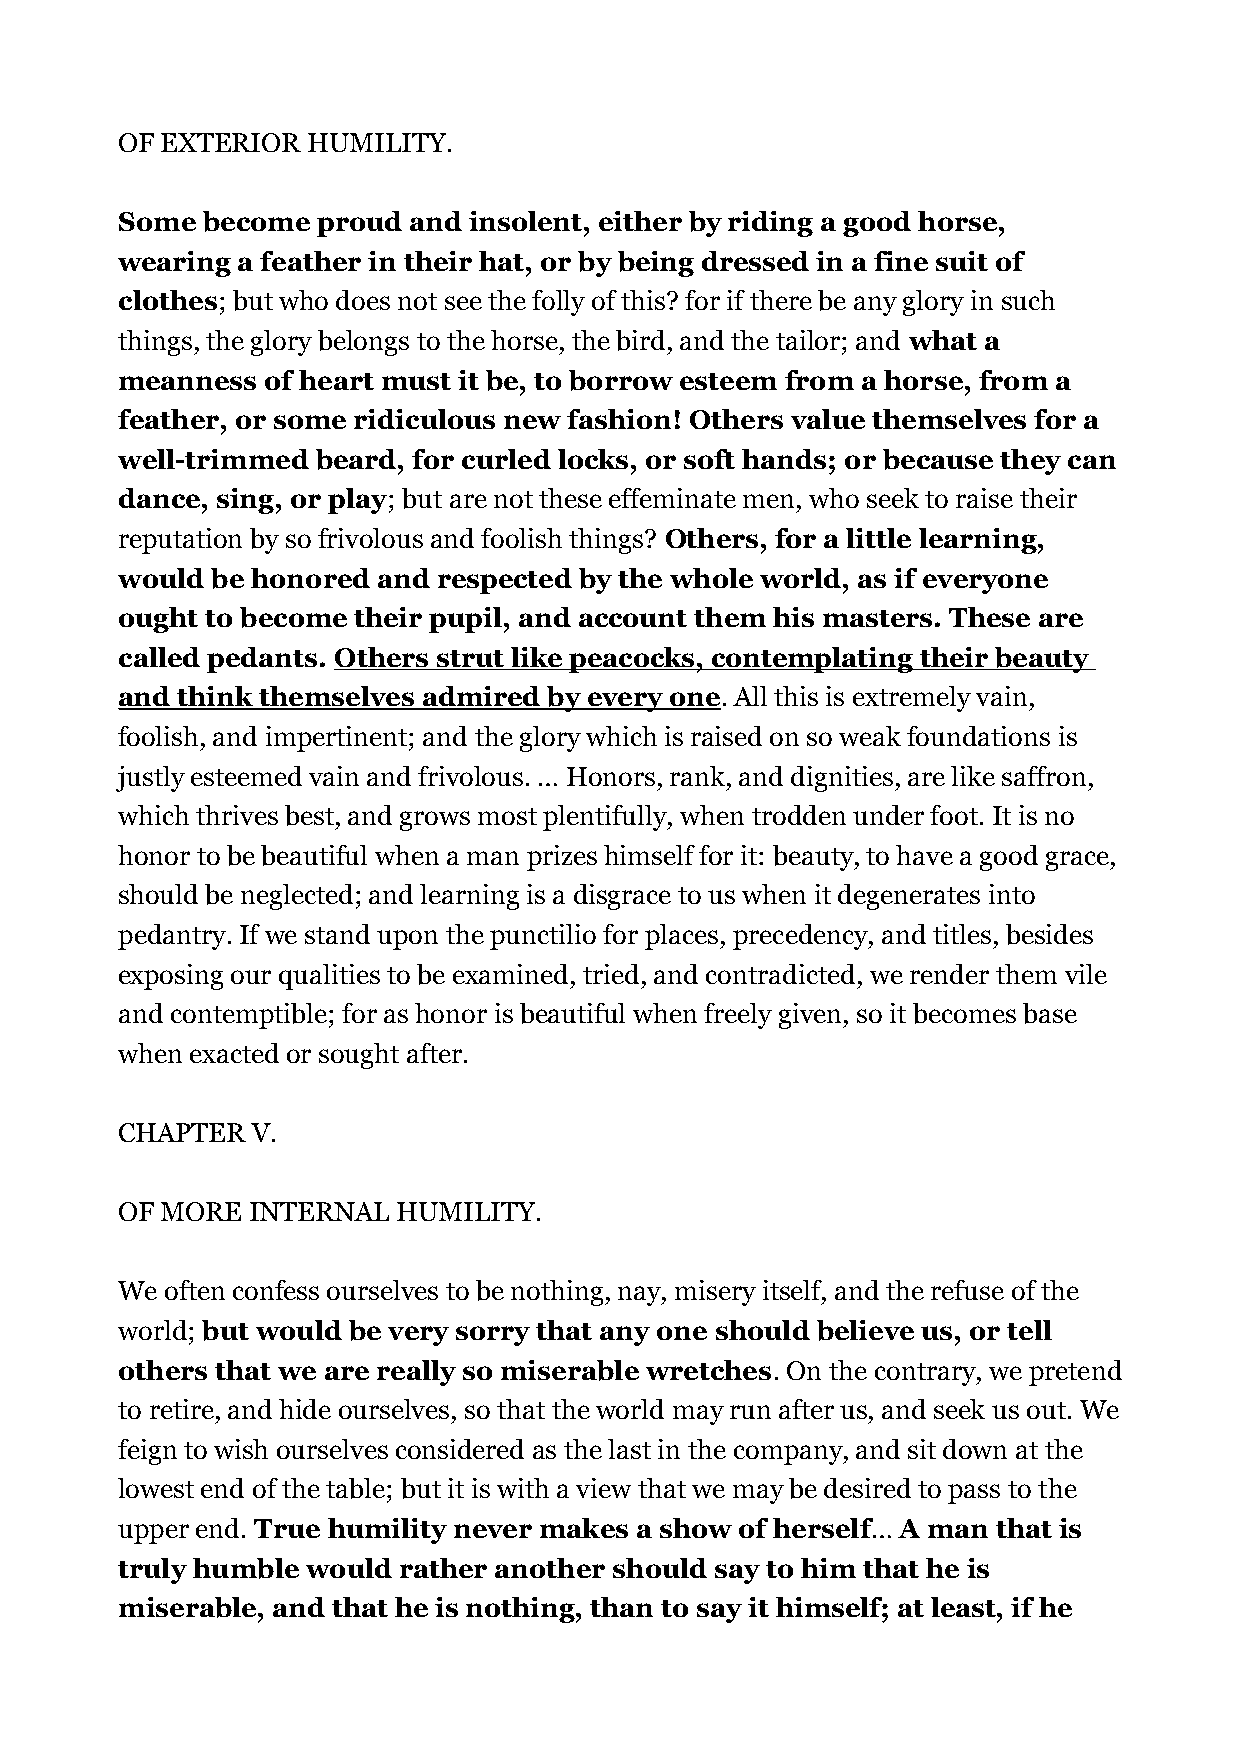
OF EXTERIOR HUMILITY.
 Some become  proud and insolent, either by riding a good horse,
 wearing a feather in their hat, or by being dressed in a fine suit of
 clothes; but who does not see the folly of this? for if there be any glory in such
 things, the glory belongs to the horse, the bird, and the tailor; and what a
 meanness  of heart must it be, to borrow esteem from a horse, from a
 feather, or some ridiculous new fashion! Others value themselves for a
 well-trimmed beard, for curled locks, or soft hands; or because they can
 dance, sing, or play; but are not these effeminate men, who seek to raise their
 reputation by so frivolous and foolish things? Others, for a little learning,
 would be honored and respected by the whole world, as if everyone
 ought to become their pupil, and account them his masters. These are
 called pedants. Others strut like peacocks, contemplating their beauty
 and think themselves admired by every one. All this is extremely vain,
 foolish, and impertinent; and the glory which is raised on so weak foundations is
 justly esteemed vain and frivolous. … Honors, rank, and dignities, are like saffron,
 which thrives best, and grows most plentifully, when trodden under foot. It is no
 honor to be beautiful when a man prizes himself for it: beauty, to have a good grace,
 should be neglected; and learning is a disgrace to us when it degenerates into
 pedantry. If we stand upon the punctilio for places, precedency, and titles, besides
 exposing our qualities to be examined, tried, and contradicted, we render them vile
 and contemptible; for as honor is beautiful when freely given, so it becomes base
 when exacted or sought after.
 CHAPTER  V.
 OF MORE  INTERNAL HUMILITY.
 We often confess ourselves to be nothing, nay, misery itself, and the refuse of the
 world; but would be very sorry that any one should believe us, or tell
 others that we are really so miserable wretches. On the contrary, we pretend
 to retire, and hide ourselves, so that the world may run after us, and seek us out. We
 feign to wish ourselves considered as the last in the company, and sit down at the
 lowest end of the table; but it is with a view that we may be desired to pass to the
 upper end. True humility never makes a show of herself… A man that is
 truly humble would rather another should say to him that he is
 miserable, and that he is nothing, than to say it himself; at least, if he